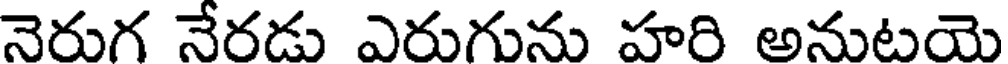
నెరుగ నేరడు ఎరుగును హరి అనుటయె